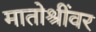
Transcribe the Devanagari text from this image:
मातोश्रींवर